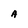
Character: A